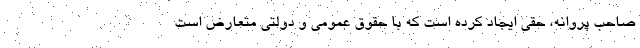
صاحب پروانه، حقی ایجاد کرده است که با حقوق عمومی و دولتی متعارض است